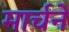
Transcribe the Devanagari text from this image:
मार्चने